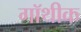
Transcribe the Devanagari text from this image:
गॉथीक